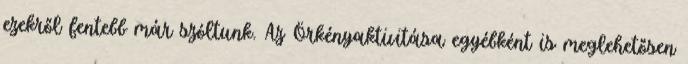
ezekről fentebb már szóltunk. Az Örkényaktivitása egyébként is meglehetősen